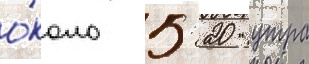
о́коло 5: 20 утра